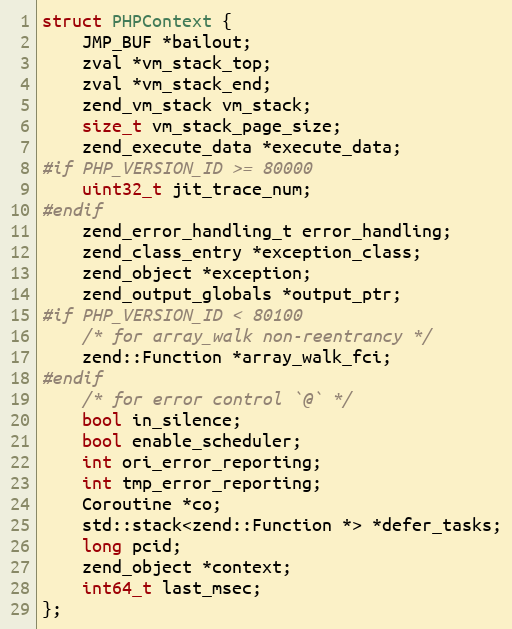
Language: C
struct PHPContext {
    JMP_BUF *bailout;
    zval *vm_stack_top;
    zval *vm_stack_end;
    zend_vm_stack vm_stack;
    size_t vm_stack_page_size;
    zend_execute_data *execute_data;
#if PHP_VERSION_ID >= 80000
    uint32_t jit_trace_num;
#endif
    zend_error_handling_t error_handling;
    zend_class_entry *exception_class;
    zend_object *exception;
    zend_output_globals *output_ptr;
#if PHP_VERSION_ID < 80100
    /* for array_walk non-reentrancy */
    zend::Function *array_walk_fci;
#endif
    /* for error control `@` */
    bool in_silence;
    bool enable_scheduler;
    int ori_error_reporting;
    int tmp_error_reporting;
    Coroutine *co;
    std::stack<zend::Function *> *defer_tasks;
    long pcid;
    zend_object *context;
    int64_t last_msec;
};